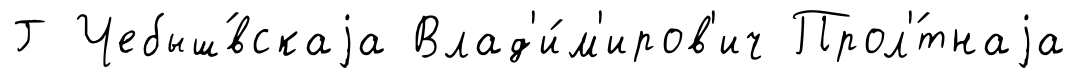
Г Чебыш́вскаjа Влад'и́м'иров'ич Прол'́тнаjа